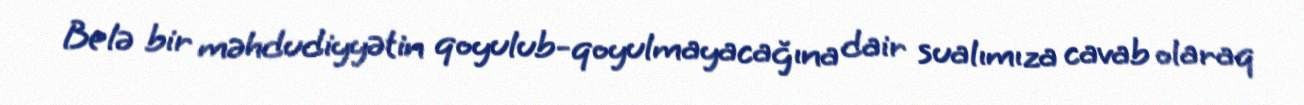
Belə bir məhdudiyyətin qoyulub-qoyulmayacağına dair sualımıza cavab olaraq